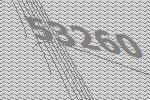
53260